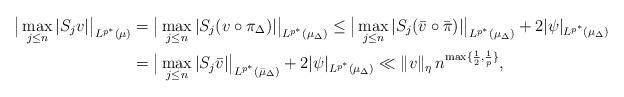
LaTeX: \begin{align*}\big|\max_{j\le n}|S_jv|\big|_{L^{p^*}(\mu)} & =\big|\max_{j\le n}|S_j(v\circ\pi_\Delta)|\big|_{L^{p^*}(\mu_\Delta)}\le\big|\max_{j\le n}|S_j(\bar v\circ\bar\pi)|\big|_{L^{p^*}(\mu_\Delta)}+2|\psi|_{L^{p^*}(\mu_\Delta)}\\ & = \big|\max_{j\le n}|S_j\bar v|\big|_{L^{p^*}(\bar\mu_\Delta)}+2|\psi|_{L^{p^*}(\mu_\Delta)} \ll \|v\|_\eta \,n^{\max\{\frac12,\frac1p\}},\end{align*}